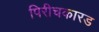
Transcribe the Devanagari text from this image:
पिरीचकारड